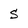
Character: S